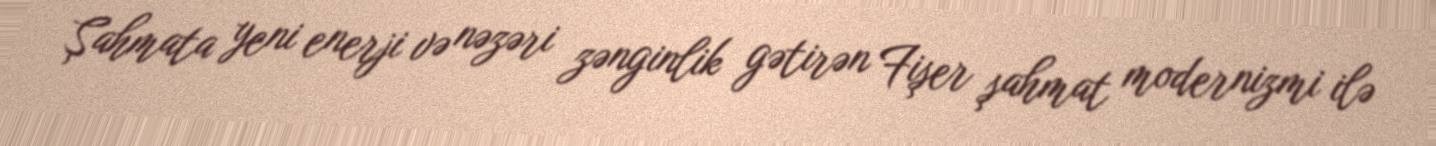
Şahmata yeni enerji və nəzəri zənginlik gətirən Fişer şahmat modernizmi ilə